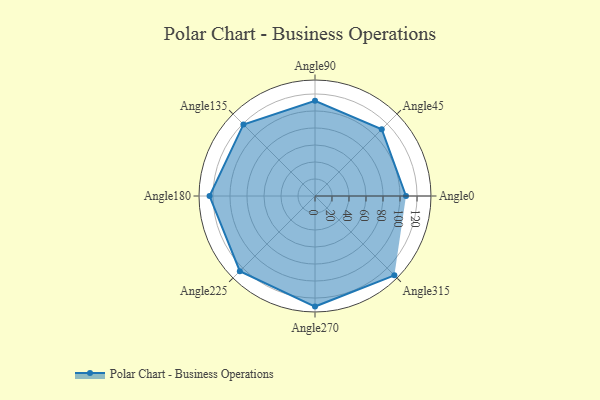
{"axis": {"x": "Angle", "y": "Radius"}, "legend": [""], "data": [{"x": "Angle0", "y": 107.0, "type": ""}, {"x": "Angle45", "y": 111.0, "type": ""}, {"x": "Angle90", "y": 112.0, "type": ""}, {"x": "Angle135", "y": 119.0, "type": ""}, {"x": "Angle180", "y": 124.0, "type": ""}, {"x": "Angle225", "y": 125.0, "type": ""}, {"x": "Angle270", "y": 130.0, "type": ""}, {"x": "Angle315", "y": 132.0, "type": ""}]}